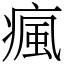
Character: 瘋